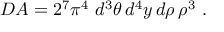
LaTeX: D A = 2 ^ { 7 } \pi ^ { 4 } ~ d ^ { 3 } \theta \, d ^ { 4 } y \, d \rho \, \rho ^ { 3 } ~ .